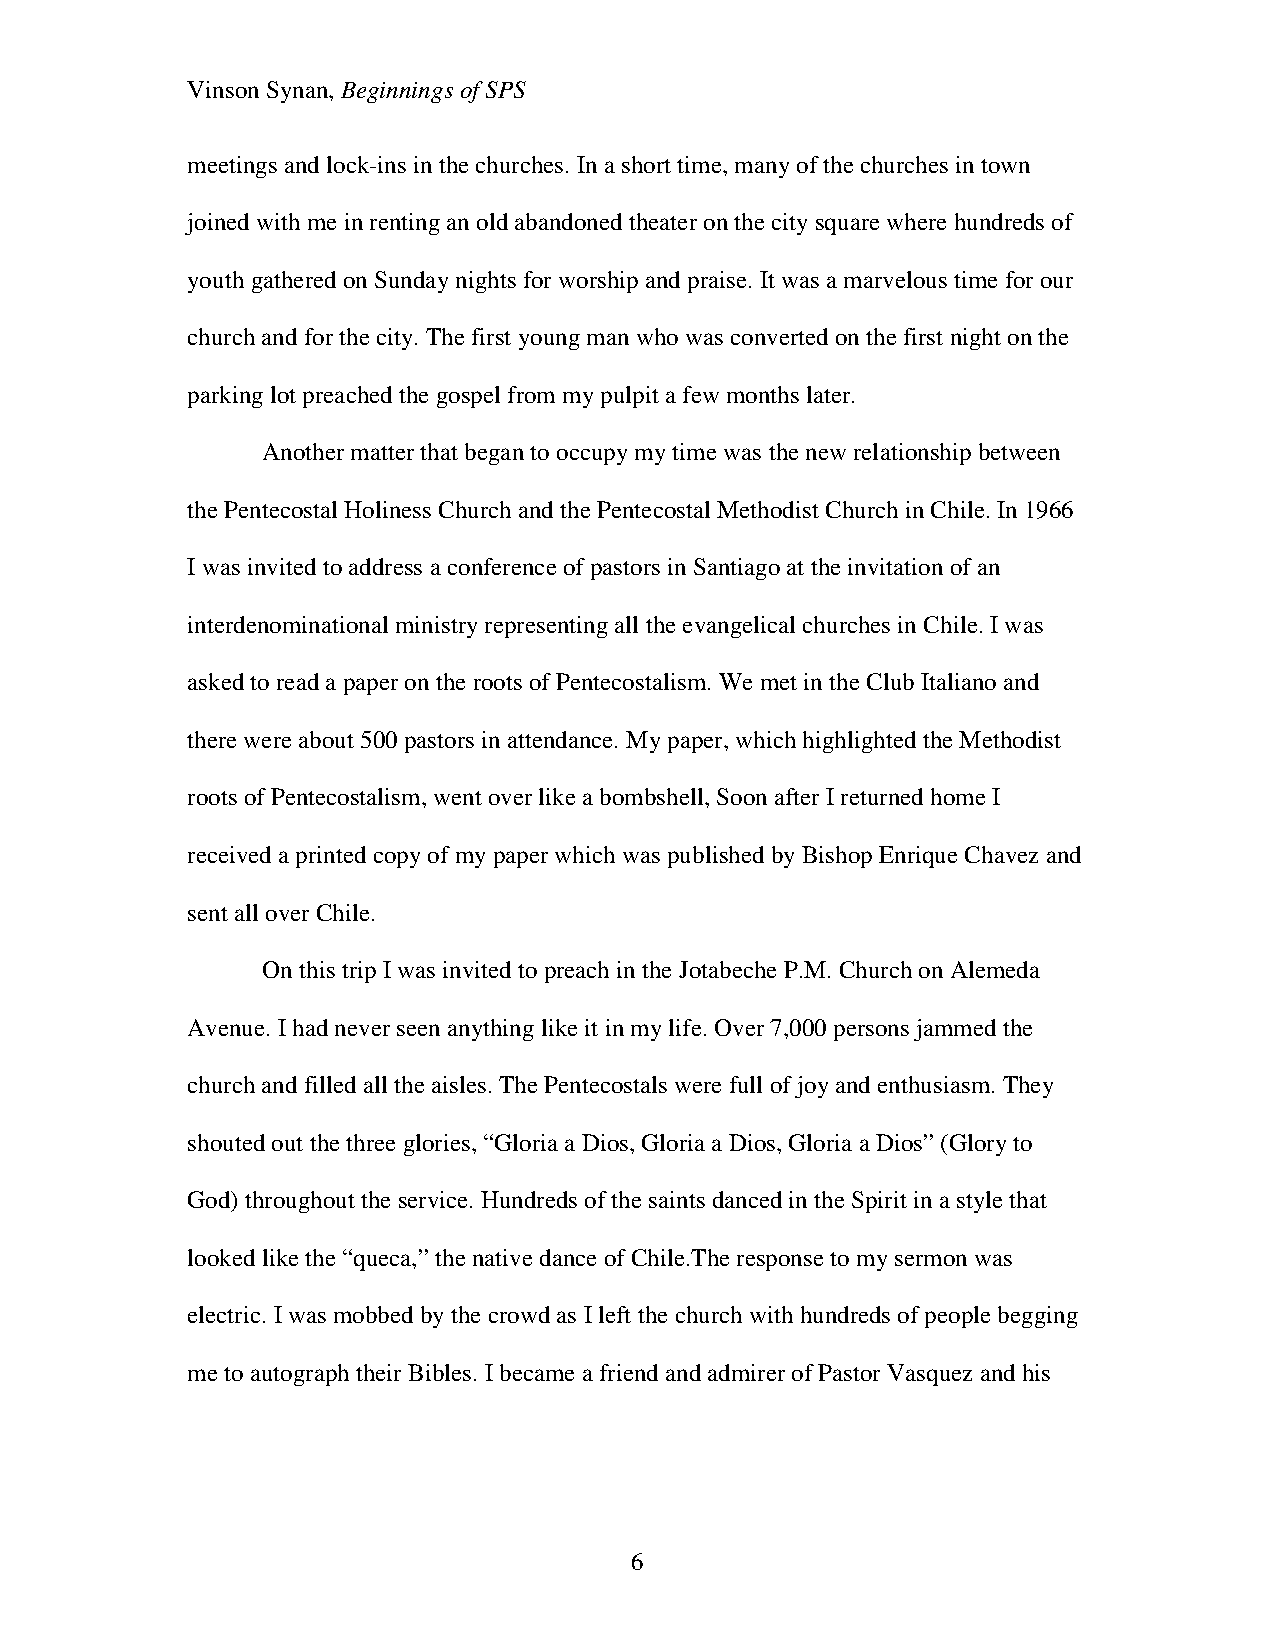
Vinson Synan, Beginnings of SPS
 meetings and lock-ins in the churches. In a short time, many of the churches in town
 joined with me in renting an old abandoned theater on the city square where hundreds of
 youth gathered on Sunday nights for worship and praise. It was a marvelous time for our
 church and for the city. The first young man who was converted on the first night on the
 parking lot preached the gospel from my pulpit a few months later.
 Another matter that began to occupy my time was the new relationship between
 the Pentecostal Holiness Church and the Pentecostal Methodist Church in Chile. In 1966
 I was invited to address a conference of pastors in Santiago at the invitation of an
 interdenominational ministry representing all the evangelical churches in Chile. I was
 asked to read a paper on the roots of Pentecostalism. We met in the Club Italiano and
 there were about 500 pastors in attendance. My paper, which highlighted the Methodist
 roots of Pentecostalism, went over like a bombshell, Soon after I returned home I
 received a printed copy of my paper which was published by Bishop Enrique Chavez and
 sent all over Chile.
 On this trip I was invited to preach in the Jotabeche P.M. Church on Alemeda
 Avenue. I had never seen anything like it in my life. Over 7,000 persons jammed the
 church and filled all the aisles. The Pentecostals were full of joy and enthusiasm. They
 shouted out the three glories, “Gloria a Dios, Gloria a Dios, Gloria a Dios” (Glory to
 God) throughout the service. Hundreds of the saints danced in the Spirit in a style that
 looked like the “queca,” the native dance of Chile.The response to my sermon was
 electric. I was mobbed by the crowd as I left the church with hundreds of people begging
 me to autograph their Bibles. I became a friend and admirer of Pastor Vasquez and his
 6